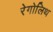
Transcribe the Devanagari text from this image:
रेगोलिथ